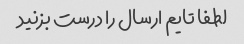
لطفا تایم ارسال را درست بزنید